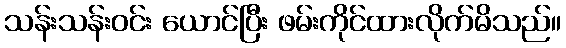
သန်းသန်းဝင်း ယောင်ပြီး ဖမ်းကိုင်ထားလိုက်မိသည်။